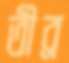
তীব্র